Lunatic asylums in Bengal annual reports 1912-1924 - 1912-1924
Year: 1912
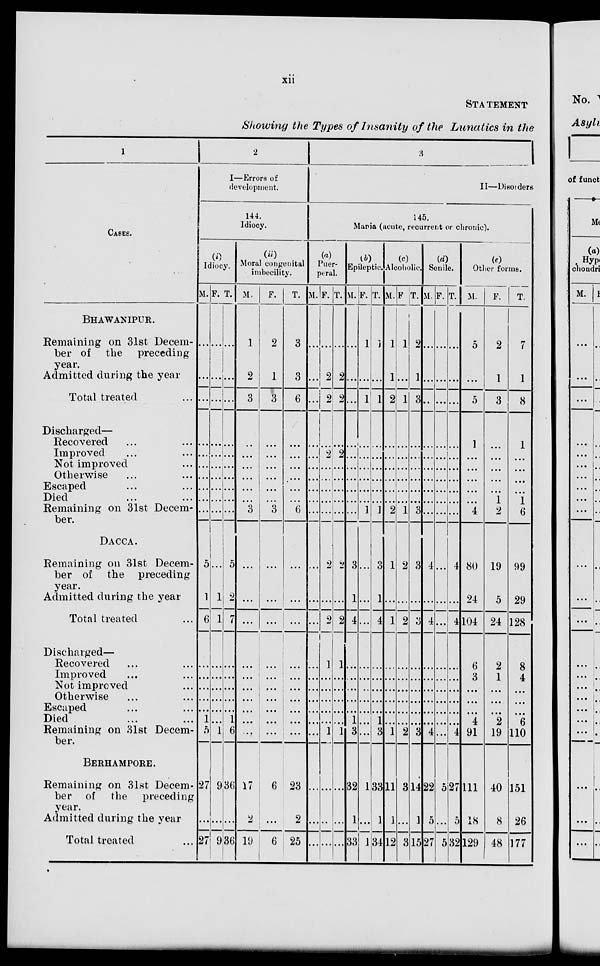
xii
STATEMENT
Showing the Types of Insanity of the Lunatics in the
1
CASES.
BHAWANIPUR.
Remaining on 31st Decem-
ber of the
preceding
year.
Admitted during the year
Total treated ...
Discharged—
Recovered ... ...
Improved ... ...
Not improved ...
Otherwise ... ...
Escaped ... ...
Died ... ...
Remaining on 31st Decem-
ber.
DACCA.
Remaining on 31st Decem-
ber of the preceding
year.
Admitted during the year
Total treated ...
Discharged—
Recovered ... ...
Improved ... ...
Not improved ...
Otherwise ... ...
Escaped ... ...
Died ... ...
Remaining on 31st Decem-
ber.
BERHAMPORE.
Remaining on 31st Decem-
ber of
the
preceding
year.
Admitted during the year
Total treated ...
2
I—Errors of
development.
144.
Idiocy.
(i)
Idiocy.
M.
...
...
...
...
...
...
...
...
...
...
5
1
6
...
...
...
...
...
1
5
27
...
27
F.
...
...
...
...
...
...
...
...
...
...
...
1
1
...
...
...
...
...
...
1
9
...
9
T.
...
...
...
...
...
...
...
...
...
...
5
2
7
...
...
...
...
...
1
6
36
...
36
(ii)
Moral congenital
imbecility.
M.
1
2
3
...
...
...
...
...
...
3
...
...
...
...
...
...
...
...
...
...
17
2
19
F.
2
1
3
...
...
...
...
...
...
3
...
...
...
...
...
...
...
...
...
...
6
...
6
T.
3
3
6
...
...
...
...
...
...
6
...
...
...
...
...
...
...
...
...
...
23
2
25
3
II—Disorders
145.
Mania (acute, recurrent or chronic).
(a)
Puer-
peral.
M.
...
...
...
...
...
...
...
...
...
...
...
...
...
...
...
...
...
...
...
...
...
...
...
F.
...
2
2
...
2
...
...
...
...
...
2
...
2
1
...
...
...
...
...
1
...
...
...
T.
...
2
2
...
2
...
...
...
...
...
2
...
2
1
...
...
...
...
...
1
...
...
...
(b)
Epileptic.
M.
...
...
...
...
...
...
...
...
...
...
3
1
4
...
...
...
...
...
...
3
32
1
33
F.
1
...
1
...
...
...
...
...
...
1
...
...
...
...
...
...
...
...
...
...
1
...
1
T.
...
...
1
...
...
...
...
...
...
1
3
1
4
...
...
...
...
...
...
3
33
1
34
(c)
Alcoholic.
M.
1
1
2
...
...
...
...
...
...
2
1
...
1
...
...
...
...
...
...
1
11
1
12
F.
1
...
1
...
...
...
...
...
...
1
2
...
2
...
...
...
...
...
...
2
3
...
3
T.
2
1
3
...
...
...
...
...
...
3
3
...
3
...
...
...
...
...
...
3
14
1
15
(d)
Senile.
M.
...
...
...
...
...
...
...
...
...
...
4
...
4
...
...
...
...
...
...
4
22
5
27
F.
...
...
...
...
...
...
...
...
...
...
...
...
...
...
...
...
...
...
...
...
5
...
5
T.
...
...
...
...
...
...
...
...
...
...
4
...
4
...
...
...
...
...
...
4
27
5
32
(e)
Other forms.
M.
5
...
5
1
...
...
...
...
...
4
80
24
104
6
3
...
...
...
4
91
111
18
129
F.
2
1
3
...
...
...
...
...
1
2
19
5
24
2
1
...
...
...
2
19
40
8
48
T.
7
1
8
1
...
...
...
...
1
6
99
29
128
8
4
...
...
...
6
110
151
26
177